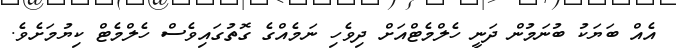
އެއް ބަޔަކު ބުނަމުން ދަނީ ހެލްމެޓްއަށް ދިވެހި ނަމެއްގެ ގޮތުގައިވެސް ހެލްމެޓް ކިޔުމަށެވެ.